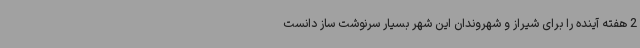
2 هفته آینده را برای شیراز و شهروندان این شهر بسیار سرنوشت ساز دانست